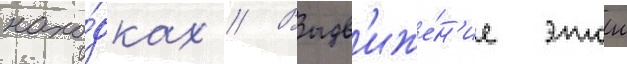
нахо́дках // Выдв'иже́н'ие этои